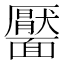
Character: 靨